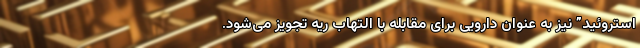
استروئید” نیز به عنوان دارویی برای مقابله با التهاب ریه تجویز می‌شود.